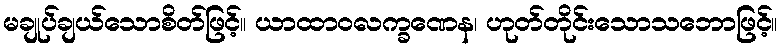
မချုပ်ချယ်သောစိတ်ဖြင့်။ ယာထာဝလက္ခဏေန၊ ဟုတ်တိုင်းသောသဘောဖြင့်။